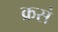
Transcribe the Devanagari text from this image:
क्रसं